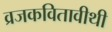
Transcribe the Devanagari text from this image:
व्रजकवितावीथी